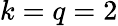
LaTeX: k=q=2